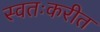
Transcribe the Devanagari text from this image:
स्वतःकरीत